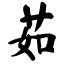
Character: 菇